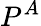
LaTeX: P^{A}